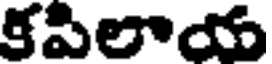
కపిలాయ